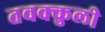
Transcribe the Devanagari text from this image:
तवक्कुली